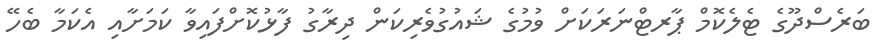
ބަރެސްދޫގެ ޓެލެކޮމް ޕާރޓްނަރަކަށް ވުމުގެ ޝައުގުވެރިކަން ދިރާގު ފާޅުކޮށްފައިވާ ކަމަށާއި އެކަމާ ބެހޭ